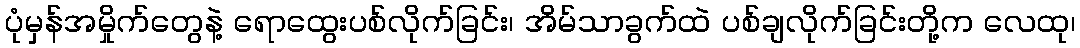
ပုံမှန်အမှိုက်တွေနဲ့ ရောထွေးပစ်လိုက်ခြင်း၊ အိမ်သာခွက်ထဲ ပစ်ချလိုက်ခြင်းတို့က လေထု၊